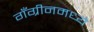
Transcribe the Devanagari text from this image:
गँग्रीनमध्ये